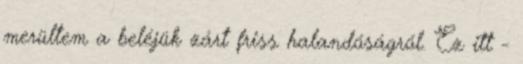
merültem a beléjük zárt friss halandóságról. Ez itt -